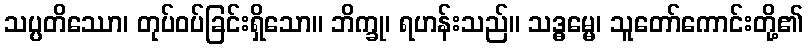
သပ္ပတိဿော၊ တုပ်ဝပ်ခြင်းရှိသော။ ဘိက္ခု၊ ရဟန်းသည်။ သဒ္ဓမ္မေ၊ သူတော်ကောင်းတို့၏